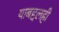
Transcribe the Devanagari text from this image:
याबद्दलही